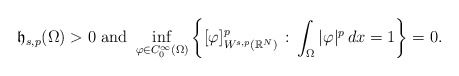
\begin{align*}\mathfrak{h}_{s,p}(\Omega)>0\mbox{ and }\inf_{\varphi\in C^\infty_0(\Omega)} \left\{[\varphi]^p_{W^{s,p}(\mathbb{R}^N)}\, :\, \int_\Omega |\varphi|^p\,dx=1\right\}=0.\end{align*}